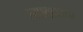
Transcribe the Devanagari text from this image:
त्याबद्दलचा